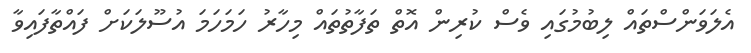
އެލަވަންސްތައް ލިބުމުގައި ވެސް ކުރިން އޮތް ތަފާތުތައް މިހާރު ހަމަހަމަ އުސޫލަކަށް ފައްތާފައިވާ